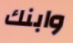
وابنك